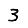
Digit: 3